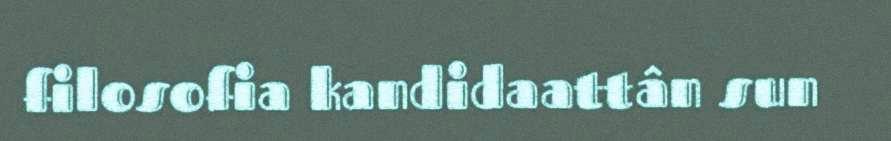
filosofia kandidaattân sun